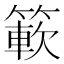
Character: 簐